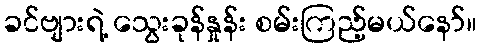
ခင်ဗျားရဲ့ သွေးခုန်နှုန်း စမ်းကြည့်မယ်နော်။